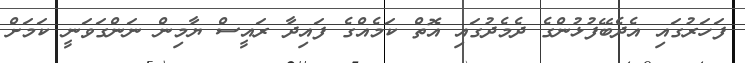
ފަހަރުގައި އެދެބޭފުޅުންގެ ދެމެދުގައި އޮތް ކަމެއްގެ ފައިދާ ރައީސް ޔާމިން ނަންގަވަނީ ކަމަށް